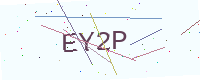
Text: EY2P